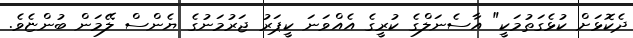
ދެކޮޅަށް ކުޅެގަތުމަކީ" އާސެނަލްގެ ކުރީގެ އެއްވަނަ ކީޕަރު ޖަރުމަނުގެ ޔެންސް ލޭމަން ބުންޏެވެ.